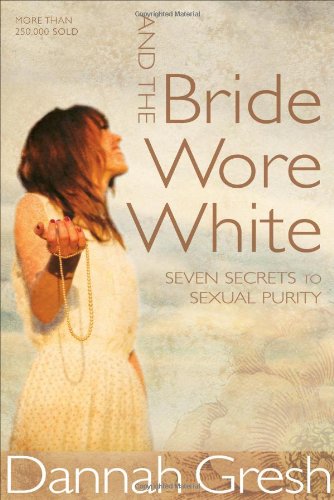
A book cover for And the Bride Wore White: Seven Secrets to Sexual Purity; Dannah K. Gresh; Christian Books & Bibles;